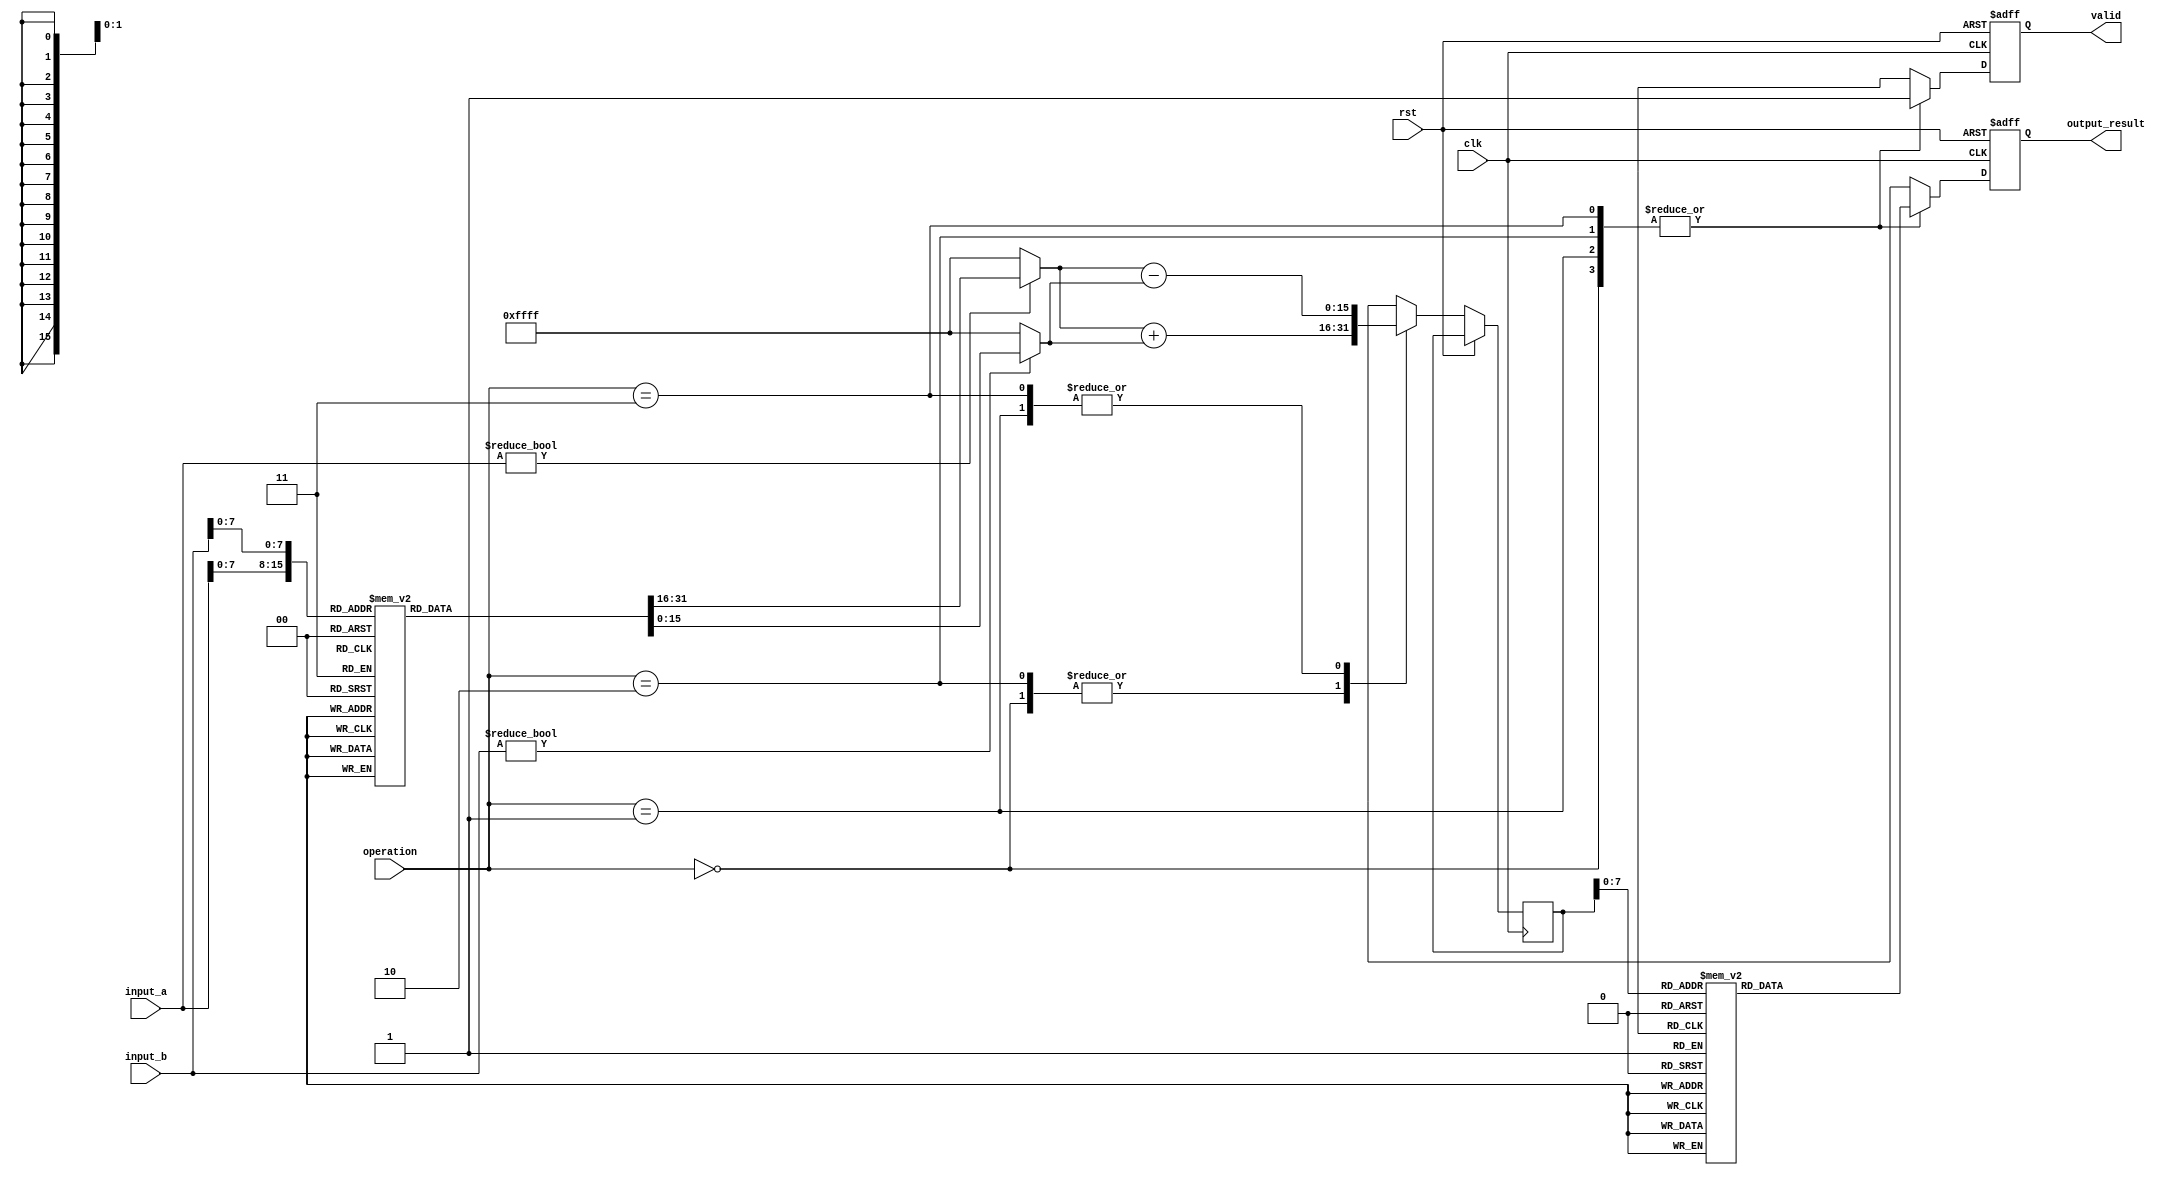
module LogarithmBasedDSPU (
    input wire clk,
    input wire rst,
    input wire [15:0] input_a,
    input wire [15:0] input_b,
    input wire [1:0] operation,  // 00: add, 01: sub, 10: mult, 11: div
    output reg [15:0] output_result,
    output reg valid
);

    // Logarithm Lookup Table (LUT) for base 2
    reg [15:0] log_lut [0:255]; // Example LUT size
    initial begin
        // Populate the log_lut with log values (for demonstration purposes)
        // log_lut[i] = log2(i) (in fixed point representation)
        // This should be filled with actual logarithmic values.
        log_lut[0] = 16'h0000; // log(0) is undefined, can handle separately
        // Fill other values...
    end

    // Anti-logarithm Lookup Table (LUT)
    reg [15:0] antilog_lut [0:255]; // Example LUT size
    initial begin
        // Populate the antilog_lut with antilog values
        // antilog_lut[i] = 2^i (for demonstration purposes)
        // This should be filled with actual antilogarithmic values.
        antilog_lut[0] = 16'h0001; // 2^0 = 1
        // Fill other values...
    end

    // Internal signals
    reg [15:0] log_a, log_b;
    reg [15:0] log_result;

    // Logarithm Unit
    always @(*) begin
        // For simplicity, using direct LUT indexing
        log_a = (input_a != 0) ? log_lut[input_a[7:0]] : 16'hFFFF; // Handle log(0)
        log_b = (input_b != 0) ? log_lut[input_b[7:0]] : 16'hFFFF; // Handle log(0)
    end

    // Control Unit and Arithmetic Operations
    always @(posedge clk or posedge rst) begin
        if (rst) begin
            output_result <= 16'h0000;
            valid <= 0;
        end else begin
            case (operation)
                2'b00: begin // Addition: log(a) + log(b)
                    log_result <= log_a + log_b;
                    output_result <= antilog_lut[log_result[7:0]]; // Anti-log
                    valid <= 1;
                end
                2'b01: begin // Subtraction: log(a) - log(b)
                    log_result <= log_a - log_b;
                    output_result <= antilog_lut[log_result[7:0]]; // Anti-log
                    valid <= 1;
                end
                2'b10: begin // Multiplication: log(a) + log(b)
                    log_result <= log_a + log_b;
                    output_result <= antilog_lut[log_result[7:0]]; // Anti-log
                    valid <= 1;
                end
                2'b11: begin // Division: log(a) - log(b)
                    log_result <= log_a - log_b;
                    output_result <= antilog_lut[log_result[7:0]]; // Anti-log
                    valid <= 1;
                end
                default: valid <= 0;
            endcase
        end
    end

endmodule